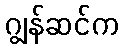
ဂျွန်ဆင်က